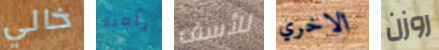
خالي باميلا للأسف الاخري روزن